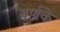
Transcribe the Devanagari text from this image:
वर्णके